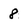
Character: 8